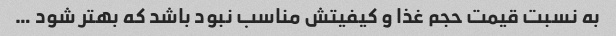
به نسبت قیمت حجم غذا و کیفیتش مناسب نبود باشد که بهتر شود …